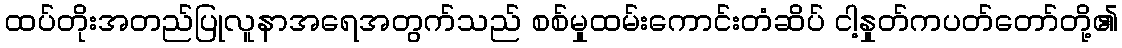
ထပ်တိုးအတည်ပြုလူနာအရေအတွက်သည် စစ်မှုထမ်းကောင်းတံဆိပ် ငါ့နှုတ်ကပတ်တော်တို့၏